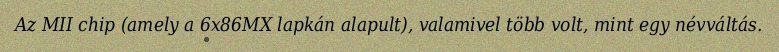
Az MII chip (amely a 6x86MX lapkán alapult), valamivel több volt, mint egy névváltás.